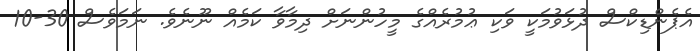
އެޕެންޑިކްސް ދުޅަވުމަކީ ވަކި ޢުމުރެއްގެ މީހުންނަށް ދިމާވާ ކަމެއް ނޫނެވެ. ނަމަވެސް 30-10